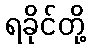
ရခိုင်တို့